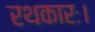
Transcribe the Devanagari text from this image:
रथकारः।